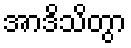
အာဒိသိတွာ